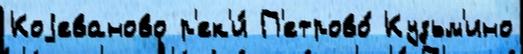
Коjеваново р'ек'и́ П'етрово́ Кузьм'ино